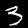
Digit: 3